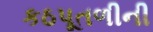
કઠપૂતળીની